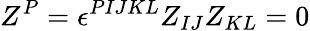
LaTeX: Z^{P}=\epsilon^{PIJKL}Z_{IJ}Z_{KL}=0